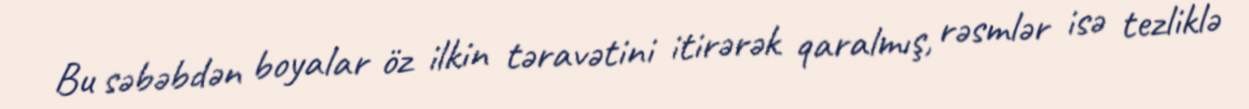
Bu səbəbdən boyalar öz ilkin təravətini itirərək qaralmış, rəsmlər isə tezliklə